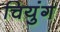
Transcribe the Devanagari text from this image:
चियुंग